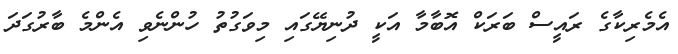
އެމެރިކާގެ ރައީސް ބަރަކް އޮބާމާ އަކީ ދުނިޔޭގައި މިވަގުތު ހުންނެވި އެންމެ ބާރުގަދަ